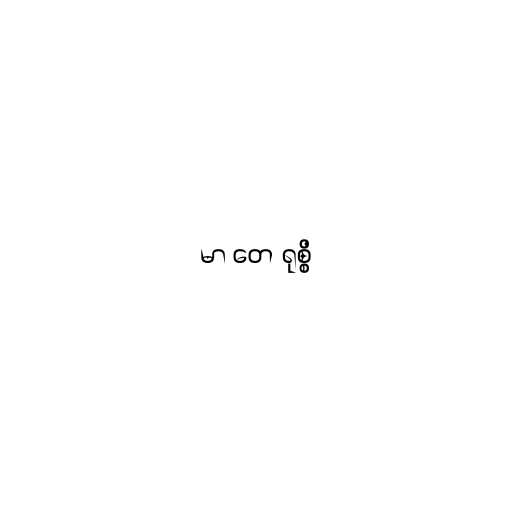
မာ တေ ရုစ္စိ